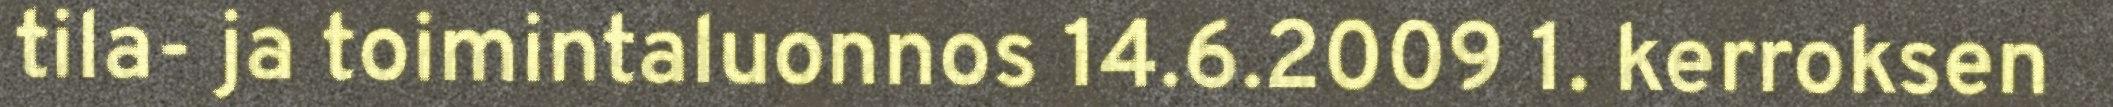
tila- ja toimintaluonnos 14.6.2009 1. kerroksen